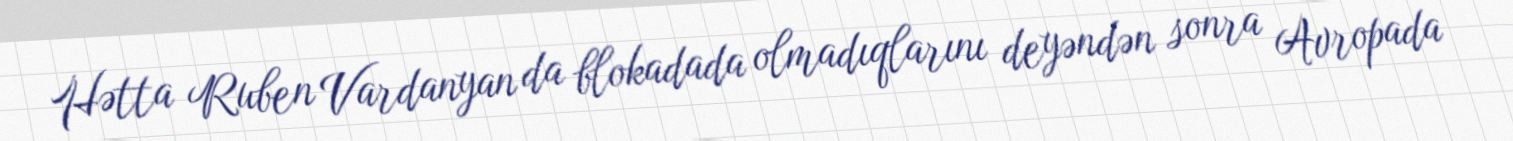
Hətta Ruben Vardanyan da blokadada olmadıqlarını deyəndən sonra Avropada